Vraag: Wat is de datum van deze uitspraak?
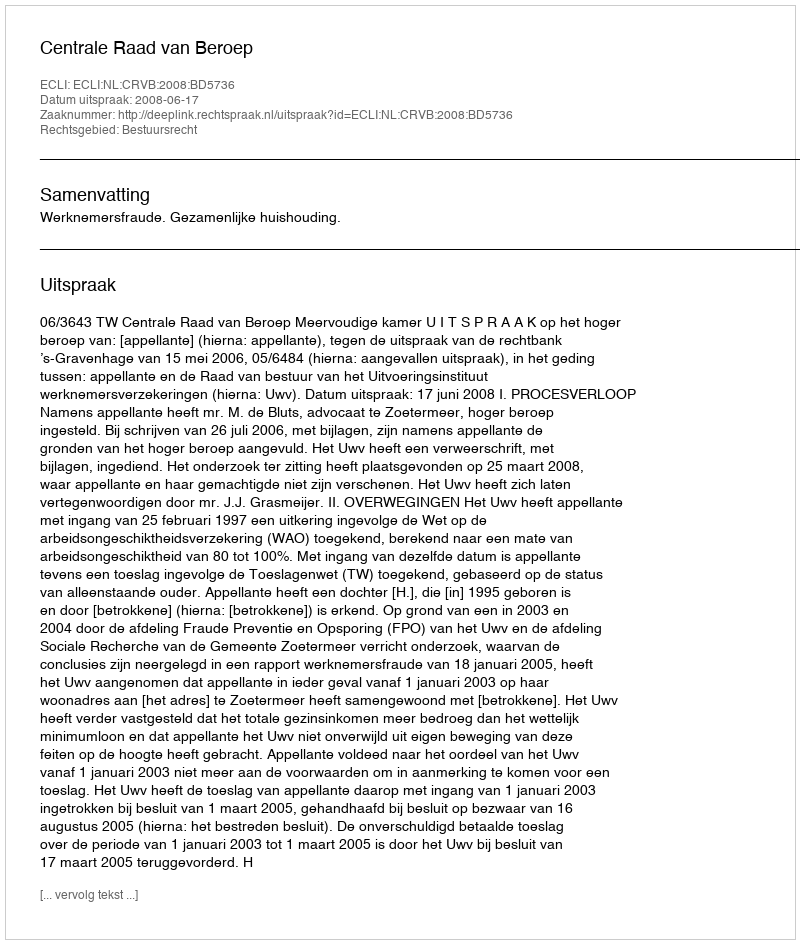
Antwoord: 2008-06-17